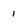
Character: 1